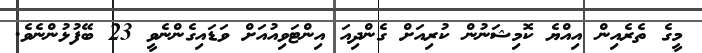
މީގެ ތެރެއިން އިއްޔެ ކޮމިޝަނުން ކުރިއަށް ގެންދިއަ އިންޓަވިއުއަށް ވަޑައިގެންނެވީ 23 ބޭފުޅުންނެވެ.